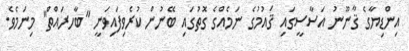
އިންޑިޔާގެ ޤާނޫނު އަސާސީގައި ޤައުމުގެ ނަމެއްގެ ގޮތުގައި ބޭނުން ކުރެވިފައިވަނީ "ބާހރައްތް" މިނަމެވެ.